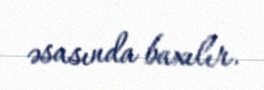
əsasında baxılır.